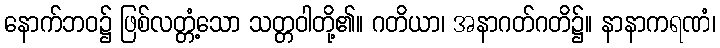
နောက်ဘဝ၌ ဖြစ်လတ္တံ့သော သတ္တဝါတို့၏။ ဂတိယာ၊ အနာဂတ်ဂတိ၌။ နာနာကရဏံ၊